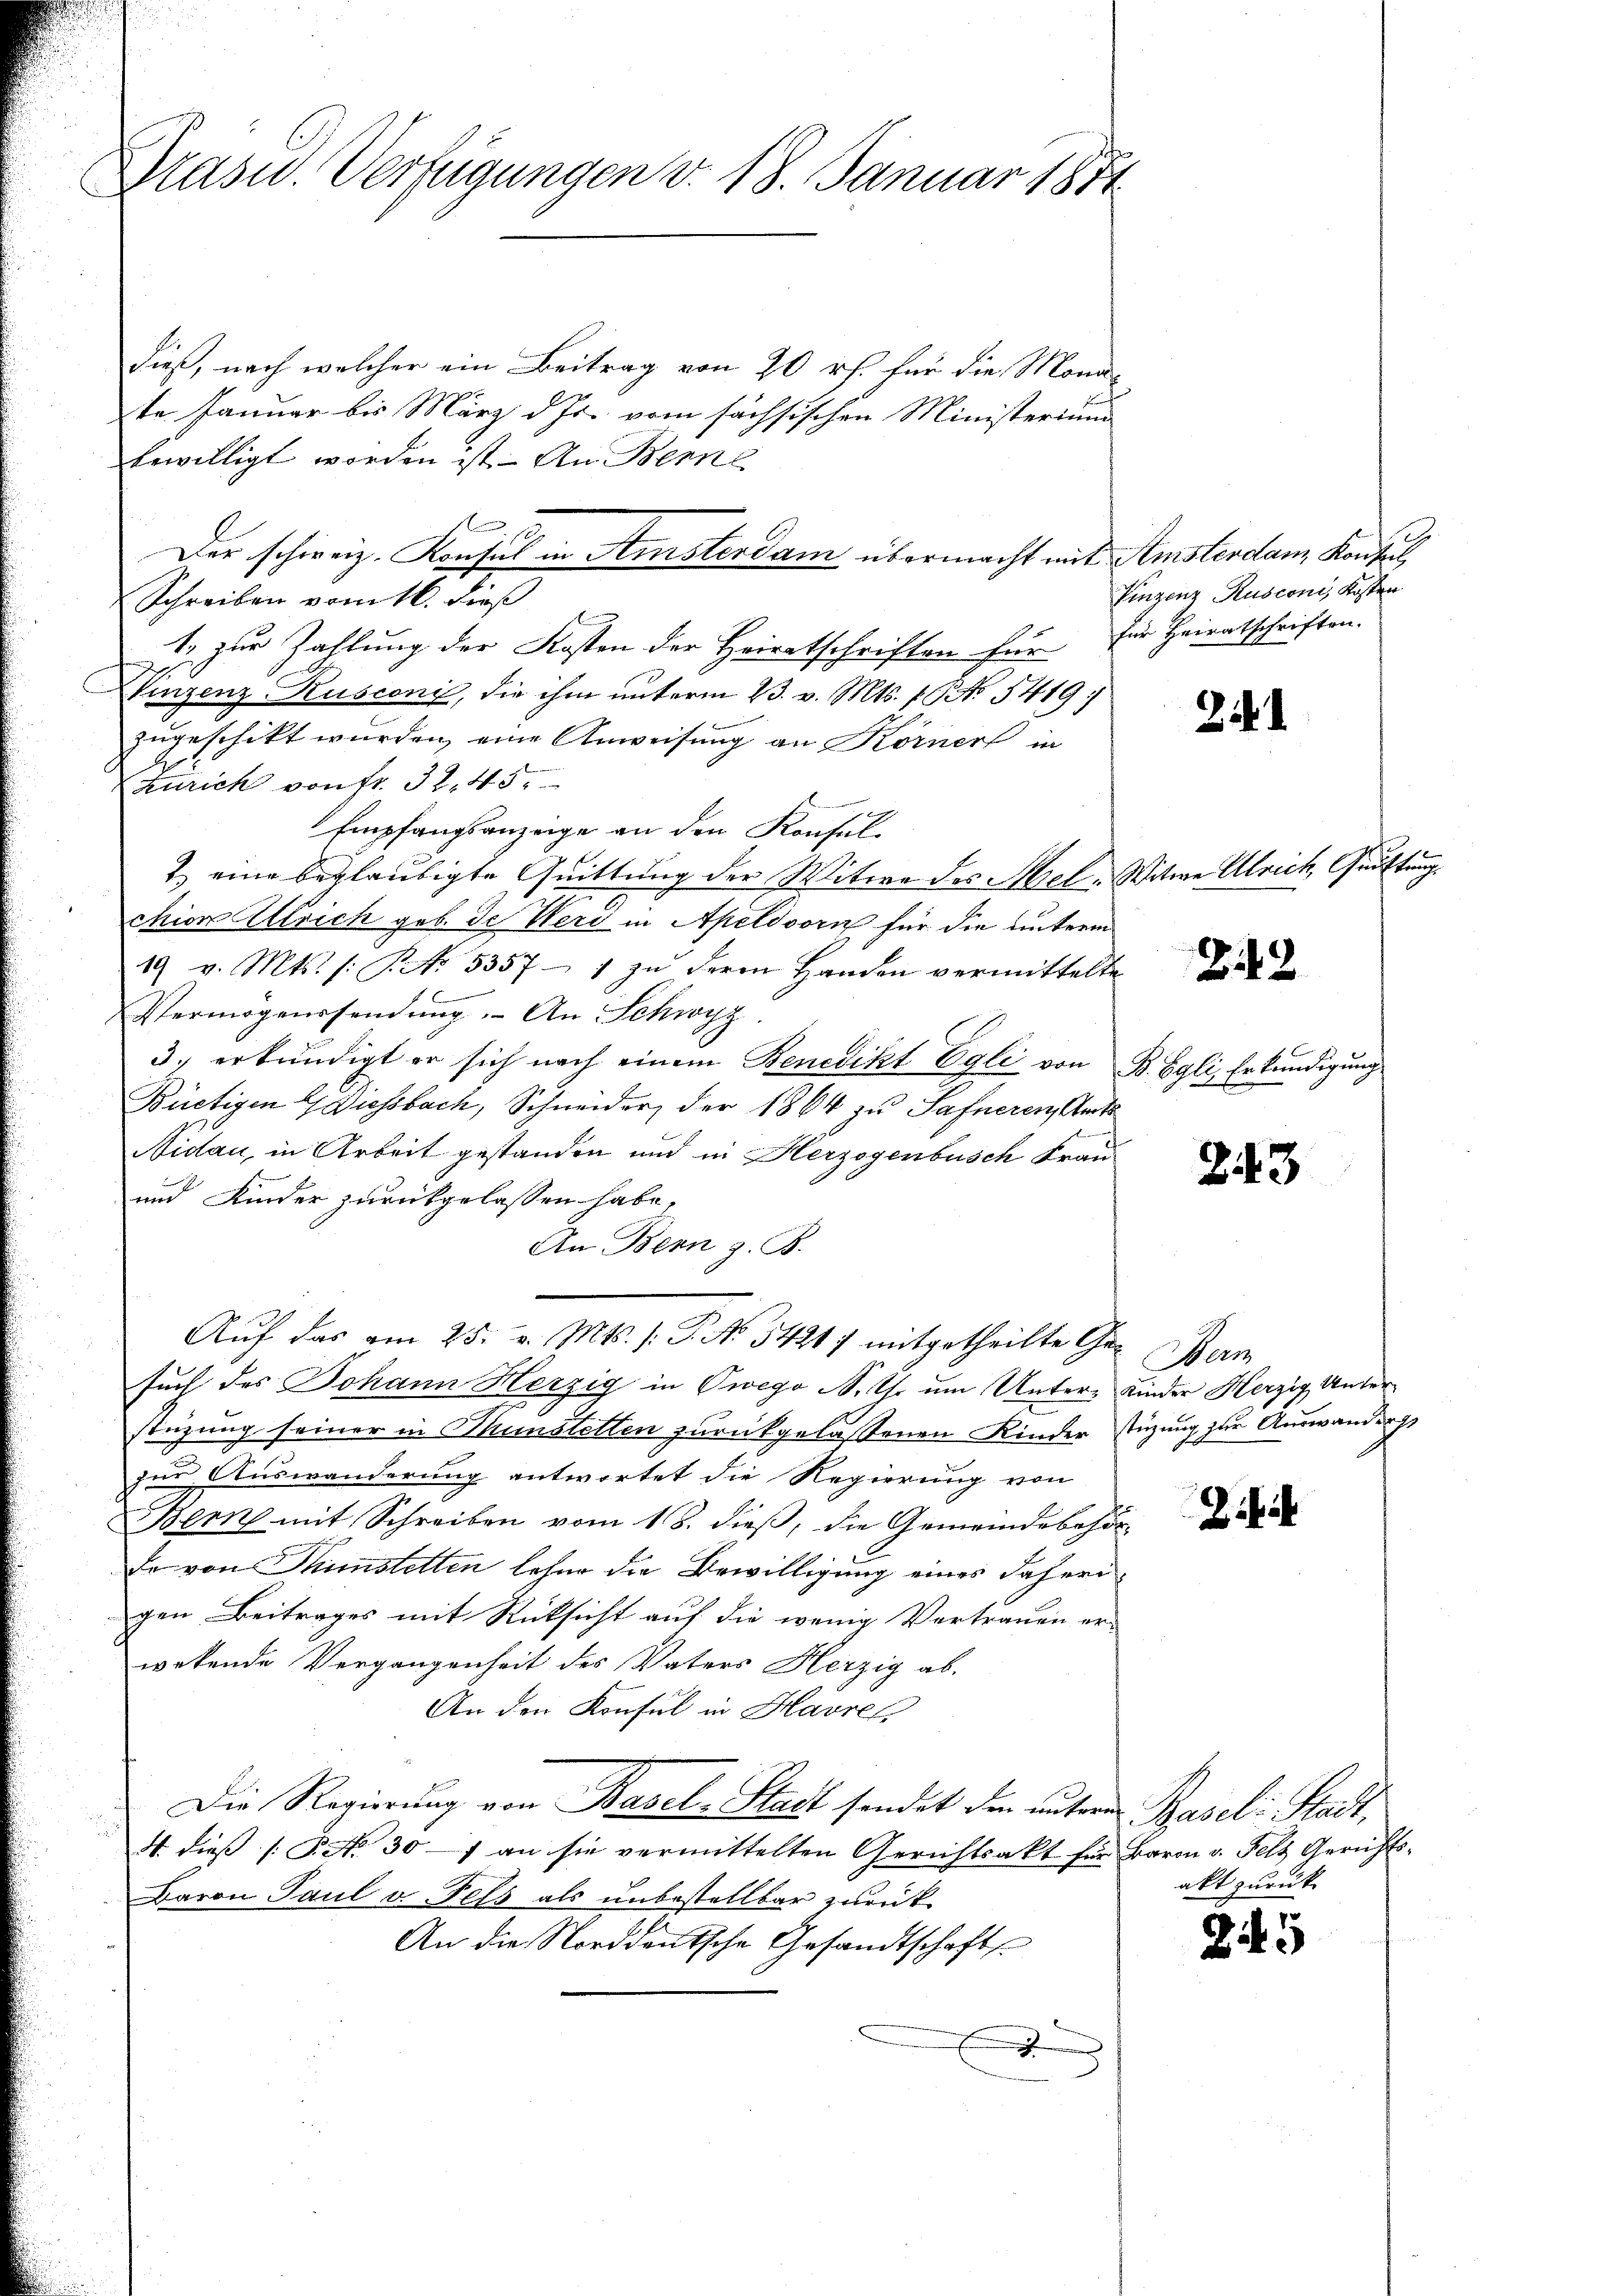
Präsid. Verfügungen v. 18. Januar 1871

dieß, nach welcher ein Beitrag von 20 rf. für die Monate Januar bis März d. Js. vom sächsischen Ministerium
bewilligt worden ist. An Berne
Schreiben vom 16. dieß
1) zur Zahlung der Kosten der Heiratschriften für für Heiratschriften.
Winzenz-Rusconi, die ihm unterm 23. v. Mts. f. No 5419;
zugeschikt wurden, eine Anweisung an Körner in
Zürich von fr. 32, 45.
Empfangsanzeige an den Konsul-
2) eine beglaubigte Quittung der Witwe des Stel- Witwe Ulrich, Gustung
chior Ulrich geb. de Weri in Apeldoorn für die unterm
19 v. Mts. /: P. No. 5357 - 1 zu deren Handen vermittelte
Vermögenssendung. An Schwyz
3. erkundigt er sich nach einem Benedikt Egli von B. Egli, Erkundigung
Büetigen 4 Diessbach, Schneider, der 1864 zu Safneren Gert
Nidau, in Arbeit gestanden und in Herzogenbusch Frau
und Kinder zurückgelassen habe,
An Bern z. B.
Auf das am 25. v. Mts. s. P. N. 5421 / mitgetheilte Gesuch des Johann Herzig in Owego N. Uhr um Unters Kinder Herzig, Unterstüzung seiner in Thunstetten zurückgelassenen Kinder stüzung zur Auswanderg
zur Auswanderung antwortet die Regierung von
Bern mit Schreiben vom 18. dieβ, die Gemeindebehör-
Fo von Thunstetten lehne die Bewilligung eines daherigen Beitrages mit Rücksicht auf die wenig Vertrauen er-
wetende Vergangenheit des Vaters Herzig ab-
An den Konsul in Havrel.
Die Regierung von Basel-Stadt sendet den untern Basel-Stadt,
4. dieβ |: P. Nr. 307 an sie vermittelten Gerichtsakt für Baron v. Fels Gerichts-
Baron Paul u. Fels als unbestellbar zurück
An die Norddeutsche Gesandtschafts
.

n
Der schweiz. Konsul in Amsterdam übermacht mit Amsterdam Konsul

Vinzenz Rusconi, Kosten

25.)

242

243

Wern

Die

akt zurück

5

5